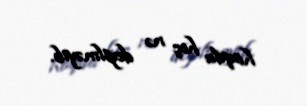
haqda heç nə deyilməyib.